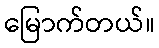
မြောက်တယ်။